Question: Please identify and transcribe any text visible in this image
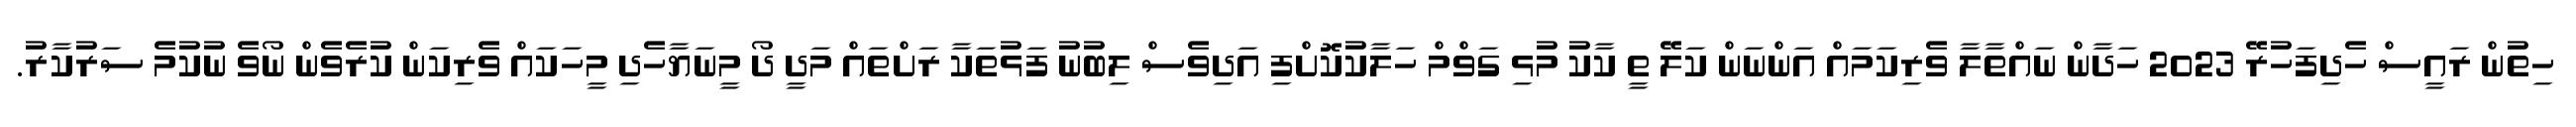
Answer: ހިތުން ރައީސް ހެދިފަހުރޭ 2023 ހަދާން ނައްތާލާ ވެރިކަމައް އަންނަން ކަލޭ ތީ ކާކު މުޅި ގަވްމް ހަލާކުކޮށްފި އަދިވެސް ލިބުނު ފަޅުތަކާ ރަށްތައް މަދީ ދޯ މީނަޔާހެދި މީހަކައް ވެރިކަން ކުރެވެން ނޯވެ ނުކުމެ ސަރުކާރު.